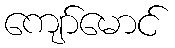
ကျော်မောင်